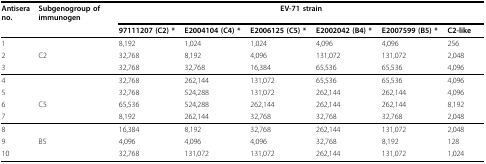
| Antisera no. | Subgenogroup of immunogen | <COLSPAN=6> EV-71 strain |
 |  |  | 97111207 (C2) * | E2004104 (C4) * | E2006125 (C5) * | E2002042 (B4) * | E2007599 (B5) * | C2-like |
 | --- | --- | --- | --- | --- | --- | --- | --- |
 | 1 |  | 8,192 | 1,024 | 1,024 | 4,096 | 4,096 | 256 |
 | 2 | C2 | 32,768 | 8,192 | 4,096 | 131,072 | 131,072 | 2,048 |
 | 3 |  | 32,768 | 32,768 | 16,384 | 65,536 | 65,536 | 4,096 |
 | 4 |  | 32,768 | 262,144 | 131,072 | 65,536 | 65,536 | 4,096 |
 | 5 |  | 32,768 | 524,288 | 131,072 | 262,144 | 262,144 | 4,096 |
 | 6 | C5 | 65,536 | 524,288 | 262,144 | 262,144 | 262,144 | 8,192 |
 | 7 |  | 8,192 | 262,144 | 32,768 | 32,768 | 32,768 | 2,048 |
 | 8 |  | 16,384 | 8,192 | 32,768 | 262,144 | 131,072 | 2,048 |
 | 9 | B5 | 4,096 | 4,096 | 4,096 | 32,768 | 8,192 | 128 |
 | 10 |  | 32,768 | 131,072 | 131,072 | 262,144 | 131,072 | 1,024 |